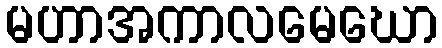
မဟာအကာလမေဃော